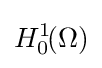
H_{0}^{1}\!(\Omega )